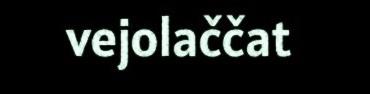
vejolaččat